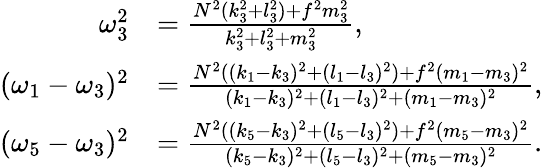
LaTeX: \begin{array}{rl}{\omega_{3}^{2}}&{=\frac{N^{2}(k_{3}^{2}+l_{3}^{2})+f^{2}m_{3}^{2}}{k_{3}^{2}+l_{3}^{2}+m_{3}^{2}},}\\ {(\omega_{1}-\omega_{3})^{2}}&{=\frac{N^{2}((k_{1}-k_{3})^{2}+(l_{1}-l_{3})^{2})+f^{2}(m_{1}-m_{3})^{2}}{(k_{1}-k_{3})^{2}+(l_{1}-l_{3})^{2}+(m_{1}-m_{3})^{2}},}\\ {(\omega_{5}-\omega_{3})^{2}}&{=\frac{N^{2}((k_{5}-k_{3})^{2}+(l_{5}-l_{3})^{2})+f^{2}(m_{5}-m_{3})^{2}}{(k_{5}-k_{3})^{2}+(l_{5}-l_{3})^{2}+(m_{5}-m_{3})^{2}}.}\end{array}